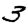
Digit: 3